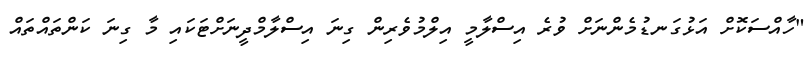
"ހާއްސަކޮށް އަޅުގަނޑުމެންނަށް ވުރެ އިސްލާމީ އިލްމުވެރިން ގިނަ އިސްލާމްދީނަށްޓަކައި މާ ގިނަ ކަންތައްތައް